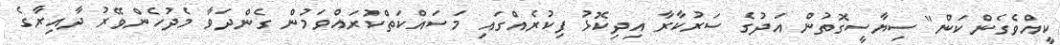
ކީއްވެގެންކަން" ސިޔާސީގޮތުން އަދުގެ ސަރުކާރާ އިދިކޮޅު ފިކުރެއްގައި މަސައްކަތްކުރައްވަމުން ގެންދަވާ މެދުހެންވޭރު ދާއިރާގެ